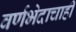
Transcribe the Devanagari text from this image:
वर्णभेदाचाही